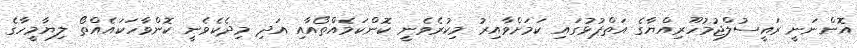
އޮންނަނީ ރައީސުލްޖުމުހޫރިއްޔާގެ އަތްޕުޅުގައި ކަމަށްވާއިރު މިކުރެވެނީ ކޮންކަމެއްތޯއާއި އަދި މިދެކެވެނީ ކޮންވާހަކައެއްތޯ ލިޔާމީހާގެ